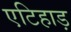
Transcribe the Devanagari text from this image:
एटिहाड़